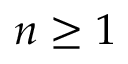
n \geq 1